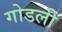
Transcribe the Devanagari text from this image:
गोडली